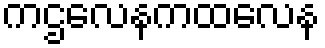
ကဌလေနကထလေန